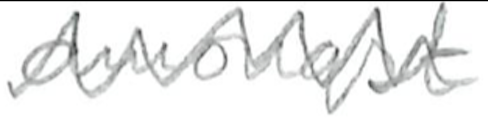
Text: amongst
Cross-out: zig-zag
Writing tool: pencil